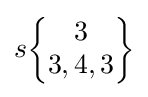
s{\begin{Bmatrix}3\\3,4,3\end{Bmatrix}}